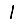
Digit: 1